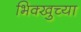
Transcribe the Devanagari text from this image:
भिक्खुच्या